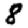
Digit: 8